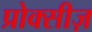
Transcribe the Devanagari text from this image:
प्रोक्सीज़